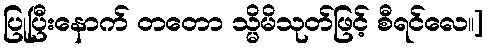
ပြုပြီးနောက် တတော သ္မိမိသုတ်ဖြင့် စီရင်လေ။]